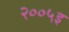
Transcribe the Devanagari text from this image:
२००५इ